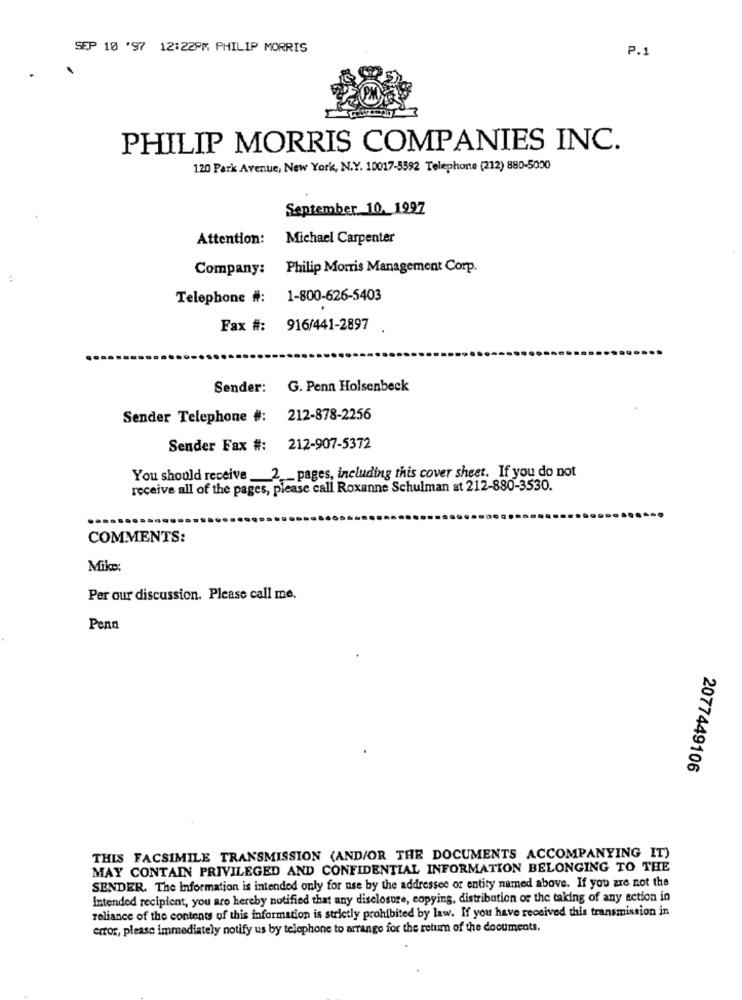
SEP 10 '97 12:22PM PHILIP MORRIS
P.1
PHILIP MORRIS COMPANIES INC.
120 Park Avenue, New York, N.Y. 10017-5592 Telephone (212) 880-5000
September 10. 1997
Attention:
Michael Carpenter
Company:
Philip Morris Management Corp.
Telephone #:
1-800-626-5403
Fax #:
916/441-2897
Sender: G. Penn Holsenbeck
Sender Telephone #: 212-878-2256
Sender Fax #: 212-907-5372
You should receive _2 __ pages, including this cover sheet. If you do not
receive all of the pages, please call Roxanne Schulman at 212-880-3530.
COMMENTS:
Mike:
Per our discussion. Please call me.
Penn
2077449106
THIS FACSIMILE TRANSMISSION (AND/OR THE DOCUMENTS ACCOMPANYING IT)
MAY CONTAIN PRIVILEGED AND CONFIDENTIAL INFORMATION BELONGING TO THE
SENDER. The Information is intended only for use by the addressee or entity named above. If you are not the
Intended recipient, you are hereby notified that any disclosure, copying, distribution or the taking of any action in
reliance of the contents of this information is strictly prohibited by law. If you have received this transmission in
error, please immediately notify us by telephone to arrange for the retum of the documents,